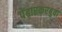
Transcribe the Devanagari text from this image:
पेंढारकरबुवा